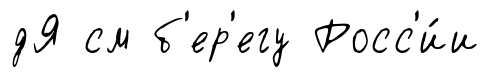
дЯ см б'ер'егу Росс'и́и